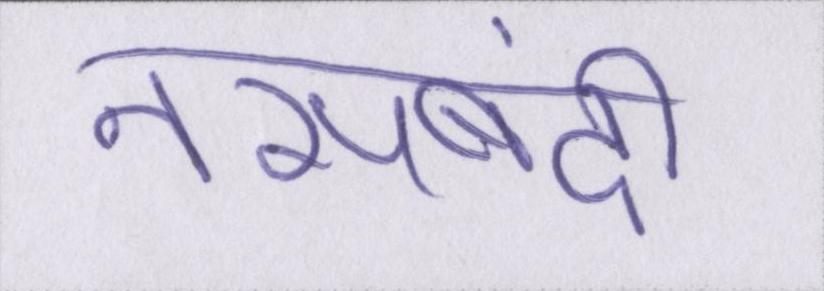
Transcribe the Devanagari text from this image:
नसबंदी